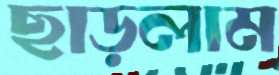
ছাড়লাম